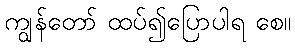
ကျွန်တော် ထပ်၍ပြောပါရ စေ။